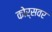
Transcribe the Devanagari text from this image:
कोर्सवर